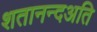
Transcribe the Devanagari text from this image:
शतानन्दअति